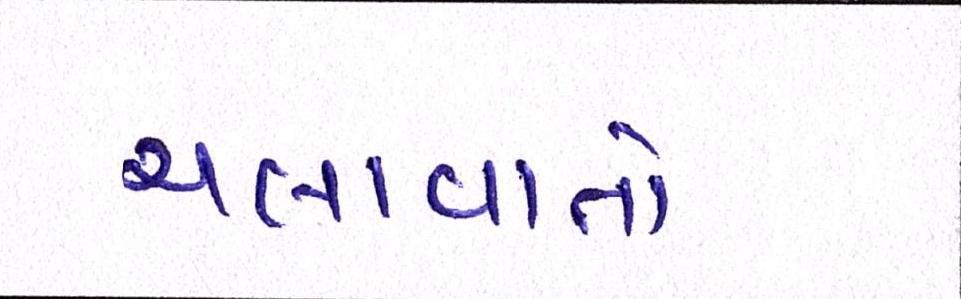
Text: ચલાવાતો